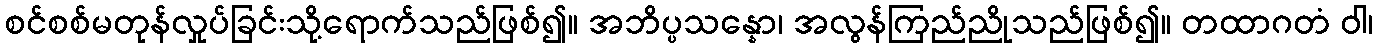
စင်စစ်မတုန်လှုပ်ခြင်းသို့ရောက်သည်ဖြစ်၍။ အဘိပ္ပသန္နော၊ အလွန်ကြည်ညိုသည်ဖြစ်၍။ တထာဂတံ ဝါ၊